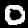
Digit: 0